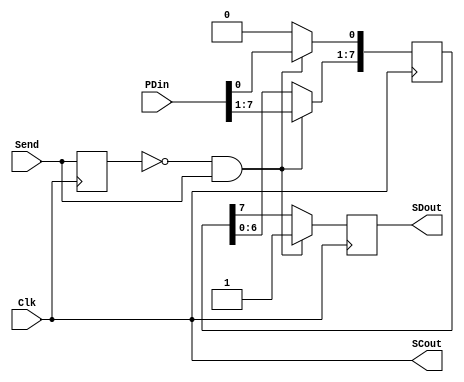
module SerTX (Clk,Send,PDin,SCout,SDout);
input Clk,Send;
input [7:0]PDin;
output SCout,SDout;
reg [7:0]D;
reg Data;

reg Send_d1;     //One Cycle Send signal.
wire Send_1cyc;

always @(posedge Clk)
  Send_d1 <= Send;
assign Send_1cyc = ~Send_d1 & Send;

always @(posedge Clk)
begin
	if(Send_1cyc == 1'b1)
		begin
		D[7:0] <= PDin[7:0];
		Data <= 1'b1;
		end
	else
		begin
			D[7:1] <= D[6:0];
			D[0] <= 1'b0;
			Data <= D[7];
		end

end
assign SCout = Clk;
assign SDout = Data;

endmodule